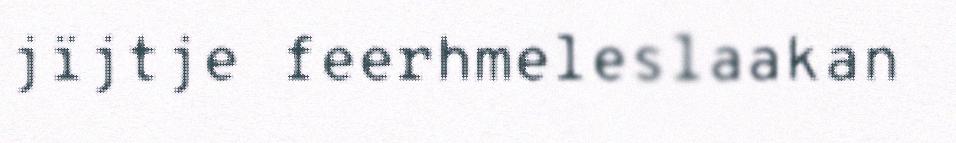
jïjtje feerhmeleslaakan